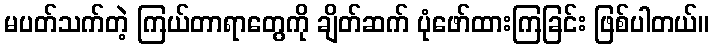
မပတ်သက်တဲ့ ကြယ်တာရာတွေကို ချိတ်ဆက် ပုံဖော်ထားကြခြင်း ဖြစ်ပါတယ်။